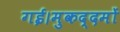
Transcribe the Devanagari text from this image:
गई।मुकद्दमों